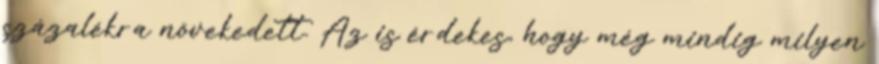
százalékra növekedett. Az is érdekes, hogy még mindig milyen